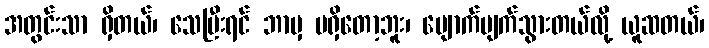
အတွင်းသာ ရှိတယ်၊ သေပြီးရင် ဘာမှ မရှိတော့ဘူး၊ ပျောက်ပျက်သွားတယ်လို့ ယူဆတယ်၊